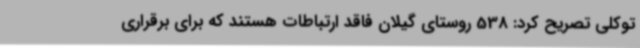
توکلی تصریح کرد: 538 روستای گیلان فاقد ارتباطات هستند که برای برقراری